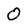
Character: O